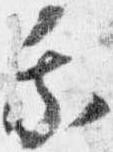
乗